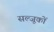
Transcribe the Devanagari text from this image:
सल्जूकों